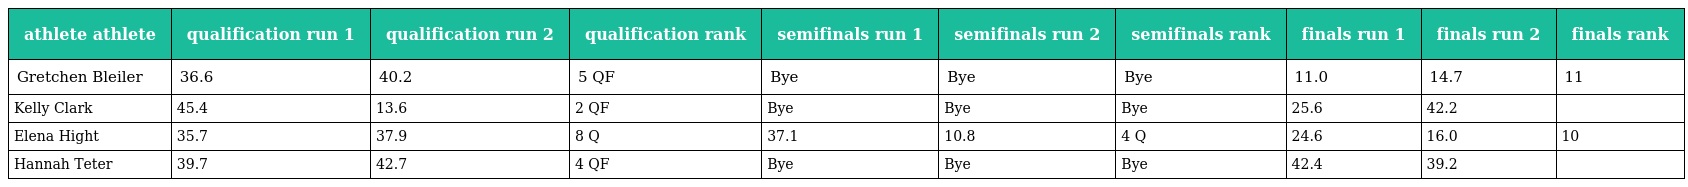
| athlete athlete | qualification run 1 | qualification run 2 | qualification rank | semifinals run 1 | semifinals run 2 | semifinals rank | finals run 1 | finals run 2 | finals rank |
 | --- | --- | --- | --- | --- | --- | --- | --- | --- | --- |
 | Gretchen Bleiler | 36.6 | 40.2 | 5 QF | Bye | Bye | Bye | 11.0 | 14.7 | 11 |
 | Kelly Clark | 45.4 | 13.6 | 2 QF | Bye | Bye | Bye | 25.6 | 42.2 |  |
 | Elena Hight | 35.7 | 37.9 | 8 Q | 37.1 | 10.8 | 4 Q | 24.6 | 16.0 | 10 |
 | Hannah Teter | 39.7 | 42.7 | 4 QF | Bye | Bye | Bye | 42.4 | 39.2 |  |